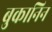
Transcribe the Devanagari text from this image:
बुकानिन